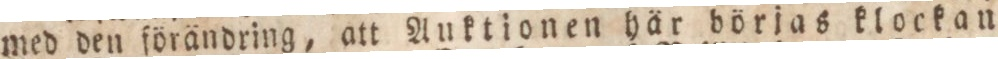
med den förändring, att Auktionen här börjas klockan